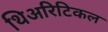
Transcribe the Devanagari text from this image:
थिअरिटिकल